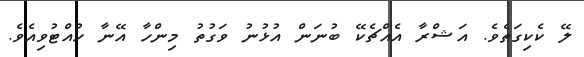
ލޭ ކެކިގަތެވެ. އަޝްރާ އެއްޗެކޭ ބުނަން އުޅުނު ވަގުތު މިންހާ އޭނާ ހުއްޓުވިއެވެ.